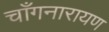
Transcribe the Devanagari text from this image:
चाँगनारायण